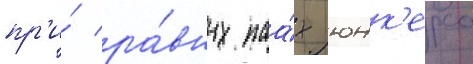
пр'и́ ра́вных паа́х юнк'ерса